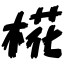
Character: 椛